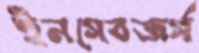
ইনগেবজর্গ